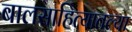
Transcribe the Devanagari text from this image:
बालसाहित्यातल्या